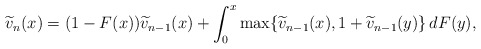
\begin{align*}\widetilde{v}_n(x)=(1-F(x)) \widetilde{v}_{n-1}(x) + \int_0^x \max \{ \widetilde{v}_{n-1}(x), 1+ \widetilde{v}_{n-1}(y) \}\, dF(y),\end{align*}